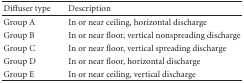
<table><thead><tr><td><b> Diffuser type</b></td><td><b> Description</b></td></tr></thead><tbody><tr><td> Group A</td><td> In or near ceiling, horizontal discharge</td></tr><tr><td> Group B</td><td> In or near floor, vertical nonspreading discharge</td></tr><tr><td> Group C</td><td> In or near floor, vertical spreading discharge</td></tr><tr><td> Group D</td><td> In or near floor, horizontal discharge</td></tr><tr><td> Group E</td><td> In or near ceiling, vertical discharge</td></tr></tbody></table>